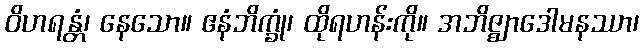
ဝိဟရန္တံ၊ နေသော။ ဧနံဘိက္ခုံ၊ ထိုရဟန်းကို။ အဘိဇ္ဈာဒေါမနဿာ၊